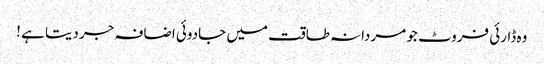
وہ ڈارئی فروٹ جو مردانہ طاقت میں جادوئی اضافہ جر دیتا ہے !